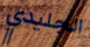
الجليدي